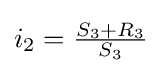
i_{2}={\tfrac {S_{3}+R_{3}}{S_{3}}}